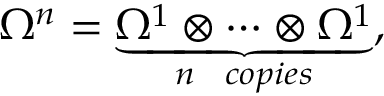
\Omega ^ { n } = \underbrace { \Omega ^ { 1 } \otimes \cdots \otimes \Omega ^ { 1 } } _ { n \ \ c o p i e s } ,